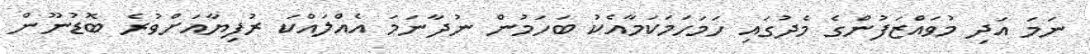
ނަމަ އަދި މުވައްޒަފުންގެ މެދުގައި ހަމަހަމަކަމާއެކު ބަހަމުން ނުދާނަމަ އެއްލައްކަ ރުފިޔާއަށްވުރެ ބޮޑުނޫން